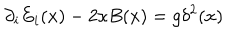
\partial _ { i } E _ { i } ( x ) - 2 \kappa B ( x ) = g \delta ^ { 2 } ( x )